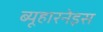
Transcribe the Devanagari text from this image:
ब्यूहारनेइस